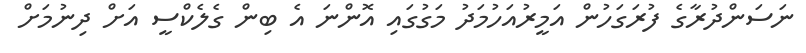
ނަސަންދުރާގެ ފުރަގަހުންް އަމީރުއަހުމަދު މަގުގައި އޮންނަ އެ ބިން ގެލެކްސީ އަށް ދިނުމަށް